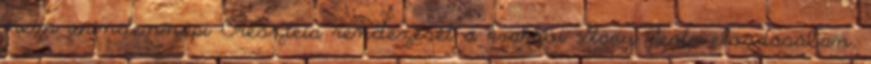
nem mindennapi Oreszteia rendezését a krakkói Stary Teatr előadásában,